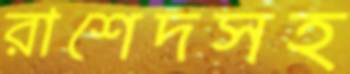
রাশেদসহ